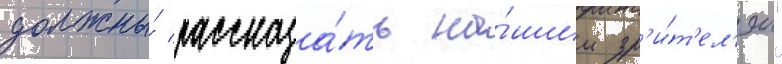
должны́ рассказа́ть на́шим зр'и́т'ел'ям"